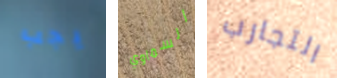
يجب السماوي التجارب